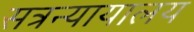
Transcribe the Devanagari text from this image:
सत्रन्यायालय